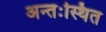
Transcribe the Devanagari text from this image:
अन्तःस्थित